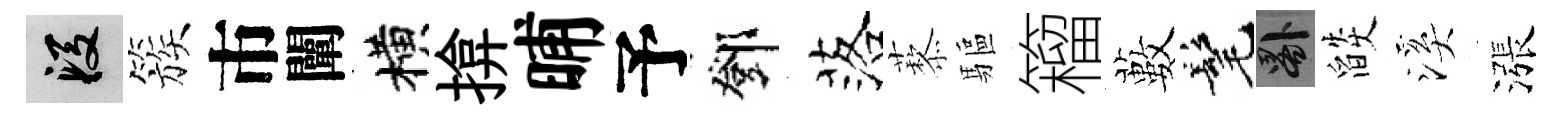
段簇市闡横揜晡予鄧落藜驅籕藪髦晷燄溪漲